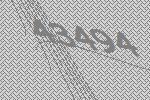
43494